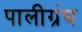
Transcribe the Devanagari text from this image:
पालीग्रंथ